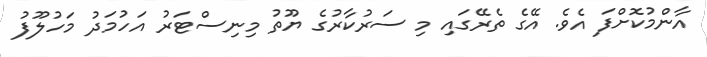
އާންމުކޮށްފަ އެވެ. އޭގެ ތެރޭގަައި މި ސަރުކާރުގެ ޔޫތު މިނިސްޓަރު އަހުމަދު މަހުލޫފު